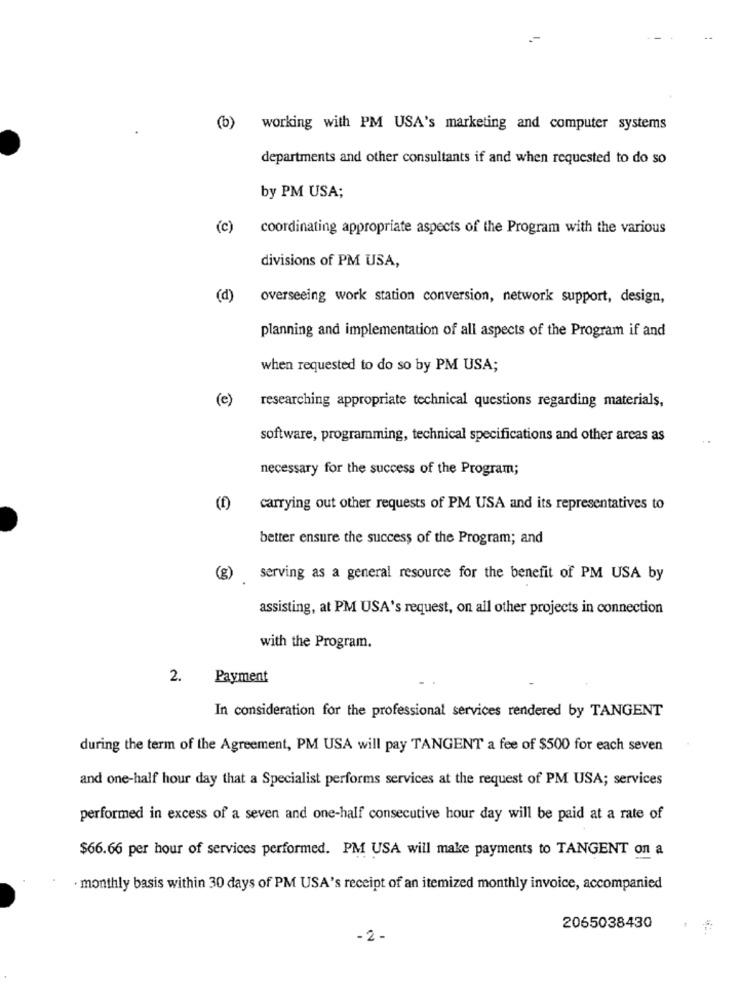
(b) working with PM USA's marketing and computer systems
departments and other consultants if and when requested to do so
by PM USA;
(c)
coordinating appropriate aspects of the Program with the various
divisions of PM USA,
(d)
overseeing work station conversion, network support, design,
planning and implementation of all aspects of the Program if and
when requested to do so by PM USA;
(e)
researching appropriate technical questions regarding materials,
software, programming, technical specifications and other arcas as
necessary for the success of the Program;
(f) carrying out other requests of PM USA and its representatives to
better ensure the success of the Program; and
(g)
serving as a general resource for the benefit of PM USA by
assisting, at PM USA's request, on all other projects in connection
with the Program.
2.
Payment
In consideration for the professional services rendered by TANGENT
during the term of the Agreement, PM USA will pay TANGENT a fee of $500 for each seven
and one-half hour day that a Specialist performs services at the request of PM USA; services
performed in excess of a seven and one-half consecutive hour day will be paid at a rate of
$66.66 per hour of services performed. PM USA will make payments to TANGENT on a
· monthly basis within 30 days of PM USA's receipt of an itemized monthly invoice, accompanied
2065038430
-2 -